Vaccination in Bombay 1913-1923 - 1913-1923
Year: 1913
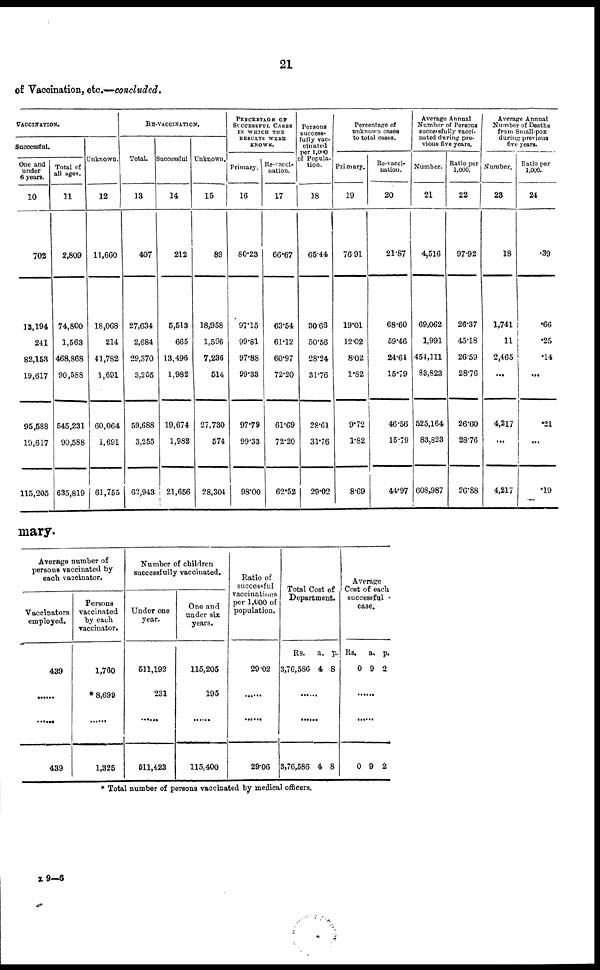
21
of Vaccination, etc.—concluded.
VACCINATION.
Successful.
One and
under
6 years.
10
702
13,194
241
82,153
19,617
95,588
19,617
115,205
Total of
all ages.
11
2,809
74,800
1,563
468,868
90,588
545,231
90,588
635,819
Unknown.
12
11,660
18,068
214
41,782
1,691
60,064
1,691
61,755
RE-VACCINATION.
Total.
13
407
27,634
2,684
29,370
3,255
59,688
3,255
62,943
Successful
14
212
5,513
665
13,496
1,982
19,674
1,982
21,656
Unknown.
15
89
18,958
1,596
7,236
514
27,730
574
28,301
PERCENTAGE OF
SUCCESSFUL CASES
IN WHICH THE
RESULTS WERE
KNOWN.
Primary.
16
80.23
97.15
99.81
97.88
99.33
97.79
99.33
98.00
Re-vacci-
nation.
17
66.67
63.54
61.12
60.97
72.20
61.69
72.20
62.52
Persons
success-
fully vac-
cinated
per 1,000
of Popula-
tion.
18
65.44
30.66
50.66
28.24
31.76
28.61
31.76
29.02
Percentage of
unknown cases
to total cases.
Primary.
19
76.91
19.01
12.02
8.02
1.82
9.72
1.82
8.69
Re-vacci¬
nation.
20
21.87
68.60
59.46
24.64
15.79
46.56
15.79
44.97
Average Annual
Number of Persons
successfully vacci-
nated during pre-
vious five years.
Number.
21
4,516
69,062
1,991
454,111
83,823
525,164
83,823
608,987
Ratio per
1,000.
22
97.92
26.37
45.18
26.59
28.76
26.60
28.76
26.88
Average Annual
Number of Deaths
from Small-pox
during previous
five years.
Number.
23
18
1,741
11
2,465
...
4,217
...
4,217
Ratio per
1,000.
24
.39
.66
.25
.14
...
.21
...
.19
mary.
Average number of
persons vaccinated by
each vaccinator.
Vaccinators
employed.
439
......
......
439
Persons
vaccinated
by each
vaccinator.
1,760
* 8,699
......
1,325
Number of children
successfully vaccinated.
Under one
year.
511,192
231
......
611,423
One and
under six
years.
115,205
195
......
115,400
Ratio of
successful
vaccinations
per 1,000 of
population.
29.02
......
......
29.06
Total Cost of
Department.
Rs.
3,76,586
a.
4
p.
8
......
......
3,76,586 4 8
Average
Cost of each
successful
case.
Rs.
0
a.
9
p.
2
......
......
0 9 2
* Total number of persons vaccinated by medical officers.